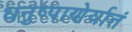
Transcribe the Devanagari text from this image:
धनुष्पाणेर्यातं